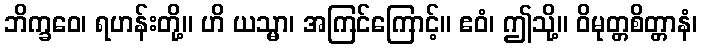
ဘိက္ခဝေ၊ ရဟန်းတို့။ ဟိ ယသ္မာ၊ အကြင်ကြောင့်။ ဧဝံ၊ ဤသို့။ ဝိမုတ္တစိတ္တာနံ၊